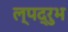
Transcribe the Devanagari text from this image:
ल्पद्रुभ